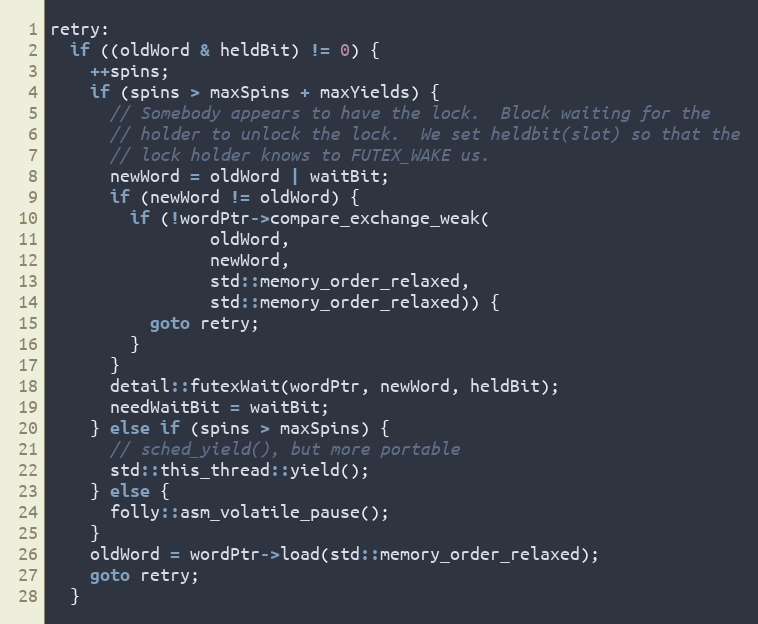
Language: C++
retry:
  if ((oldWord & heldBit) != 0) {
    ++spins;
    if (spins > maxSpins + maxYields) {
      // Somebody appears to have the lock.  Block waiting for the
      // holder to unlock the lock.  We set heldbit(slot) so that the
      // lock holder knows to FUTEX_WAKE us.
      newWord = oldWord | waitBit;
      if (newWord != oldWord) {
        if (!wordPtr->compare_exchange_weak(
                oldWord,
                newWord,
                std::memory_order_relaxed,
                std::memory_order_relaxed)) {
          goto retry;
        }
      }
      detail::futexWait(wordPtr, newWord, heldBit);
      needWaitBit = waitBit;
    } else if (spins > maxSpins) {
      // sched_yield(), but more portable
      std::this_thread::yield();
    } else {
      folly::asm_volatile_pause();
    }
    oldWord = wordPtr->load(std::memory_order_relaxed);
    goto retry;
  }